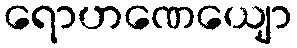
ရောဟဏေယျော